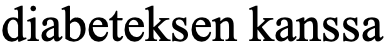
diabeteksen kanssa